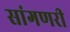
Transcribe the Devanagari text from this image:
सांगणरी